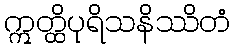
ဣတ္ထိပုရိသနိဿိတံ